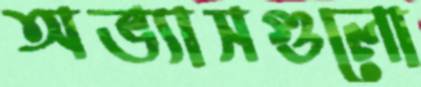
অভ্যাসগুলো